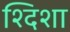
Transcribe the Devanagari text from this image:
श्दिशा